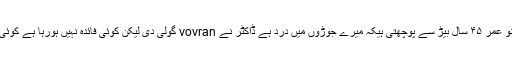
سوال: نسیم بانو عمر ۴۵ سال بیڑ سے پوچھتی ہیکہ میرے جوڑوں میں درد ہے ڈاکٹر نے vovran گولی دی لیکن کوئی فائدہ نہیں ہورہا ہے کوئی علاج بتائیں؟